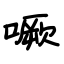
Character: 噘